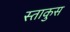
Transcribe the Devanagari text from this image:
स्ताकुस